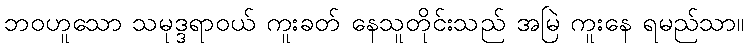
ဘဝဟူသော သမုဒ္ဒရာဝယ် ကူးခတ် နေသူတိုင်းသည် အမြဲ ကူးနေ ရမည်သာ။